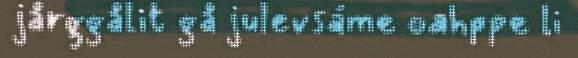
jårggålit gå julevsáme oahppe li